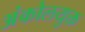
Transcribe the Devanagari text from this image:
अंकोलयुक्त